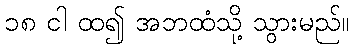
၁၈ ငါ ထ၍ အဘထံသို့ သွားမည်။